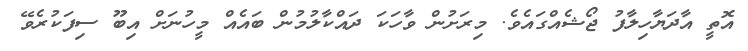
އޮތީ އާދަޔާހިލާފު ޖޯޝެއްގައެވެ. މިރަށުން ވާހަކަ ދައްކާލުމުން ބައެއް މީހުނަށް އިބޫ ސިފަކުރެވޭ